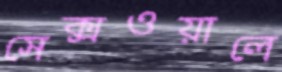
সেক্সওয়ালে